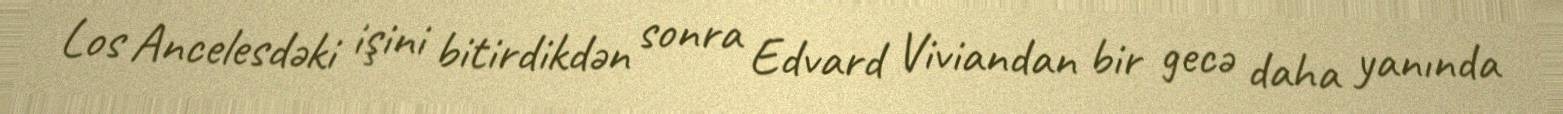
Los Ancelesdəki işini bitirdikdən sonra Edvard Viviandan bir gecə daha yanında